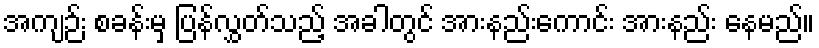
အကျဉ်း စခန်းမှ ပြန်လွှတ်သည့် အခါတွင် အားနည်းကောင်း အားနည်း နေမည်။